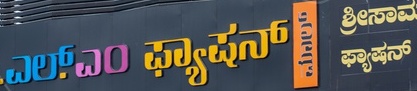
Language: kannada
Transcription: ಫ್ಯಾಷನ್ ಫ್ಯಾಷನ್